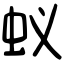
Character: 蚁